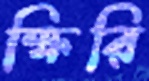
ক্ষিরি